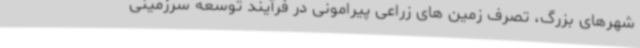
شهرهای بزرگ، تصرف زمین های زراعی پیرامونی در فرآیند توسعه سرزمینی